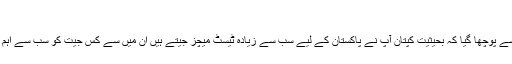
‘
مصباح الحق سے پوچھا گیا کہ بحیثیت کپتان آپ نے پاکستان کے لیے سب سے زیادہ ٹیسٹ میچز جیتے ہیں ان میں سے کس جیت کو سب سے اہم سمجھتے ہیں؟